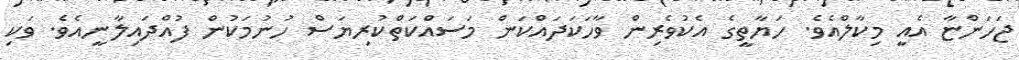
ޖަހަންޏާ އެއީ މިކާލްއެވެ. ހަޔާތީގެ އެކުވެރިން ވާހަކަދައްކަން މަސައްކަތްކުރިޔަސް ހުނުމަކުން ފުއްދައިލާނީއެވެ. ވަކި